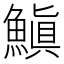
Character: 𩺘